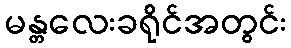
မန္တလေးခရိုင်အတွင်း